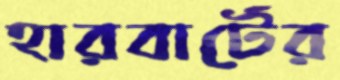
হারবার্টের